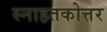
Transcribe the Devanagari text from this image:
स्नाहतकोत्तर